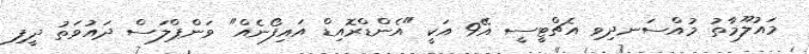
މައުލޫމާތު މުއްސަނދިވި އެޗްޓީސީ އޭ9 އަކީ "އެންޑްރޮއިޑް އައިފޯނެއް" ވަންޕްލަސް ދައުވަތު ދީފި